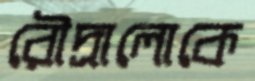
রৌদ্রালোকে